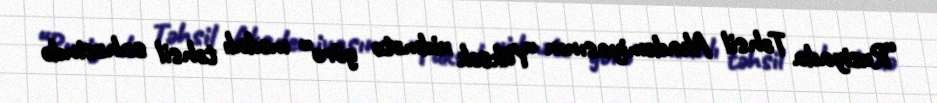
“Rusiyada Təhsil Akademiyasının “Yüksək xidmətə görə” medalı təhsil sahəsində